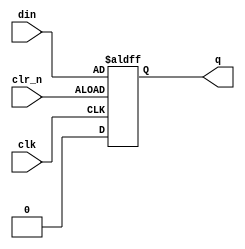
/********************************************************************************
*   D style flip flop.  Only includes an active-low async CLR input             *
********************************************************************************/
module  dff2 (
    input   clk,
    input   clr_n,
    input   din,
    output  q);

    reg     qout;
    
always @(posedge clk or posedge clr_n)
    begin
        if(!clr_n) begin
                qout <= 1'b0;
            end
        else begin
                qout <= din;
            end
    end
assign q = qout;

endmodule